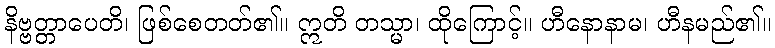
နိဗ္ဗတ္တာပေတိ၊ ဖြစ်စေတတ်၏။ ဣတိ တသ္မာ၊ ထိုကြောင့်။ ဟီနောနာမ၊ ဟီနမည်၏။